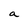
Character: a